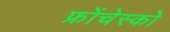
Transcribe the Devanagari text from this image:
फ्रोंचेस्को